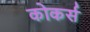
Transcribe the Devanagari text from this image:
कोकर्स